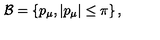
\mathcal { B } = \left\{ p _ { \mu } , \left| p _ { \mu } \right| \le \pi \right\} ,